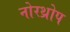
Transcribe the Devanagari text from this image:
नोरथ्रोप